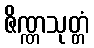
ဇိဏ္ဏသုတ္တံ